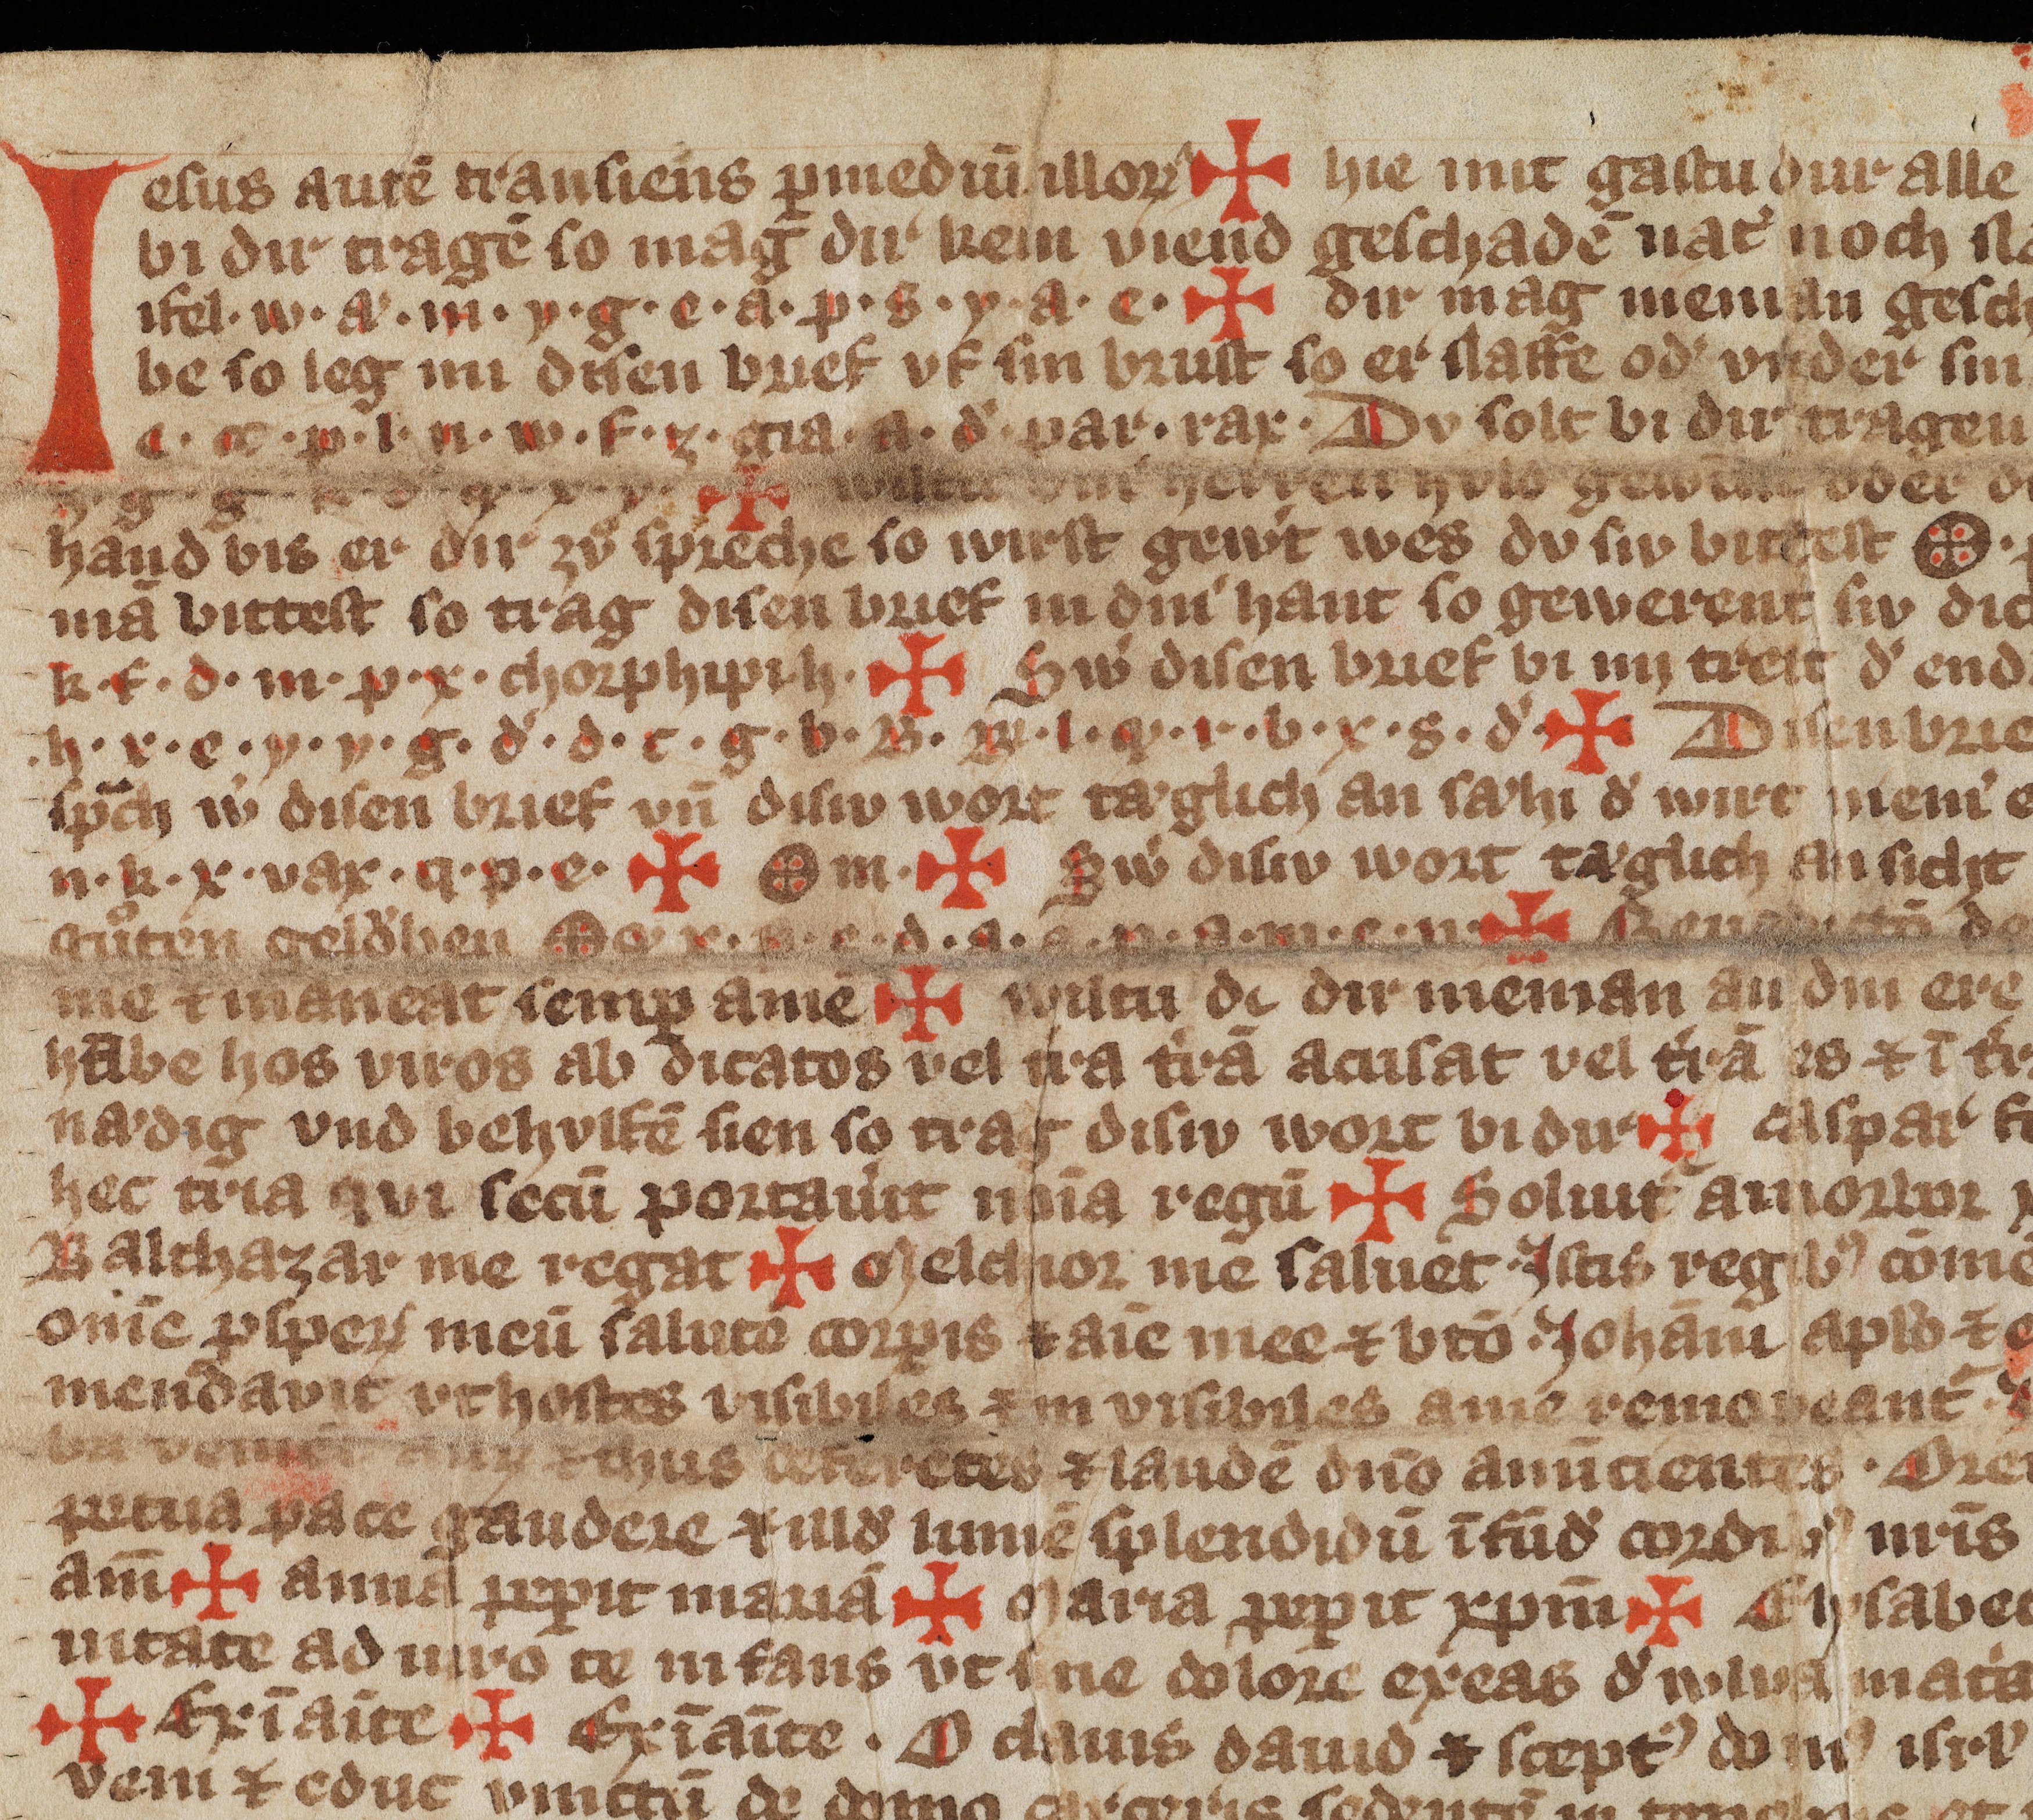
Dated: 1300–1399